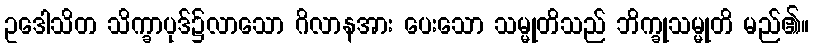
ဥဒေါသိတ သိက္ခာပုဒ်၌လာသော ဂိလာနအား ပေးသော သမ္မုတိသည် ဘိက္ခုသမ္မုတိ မည်၏။